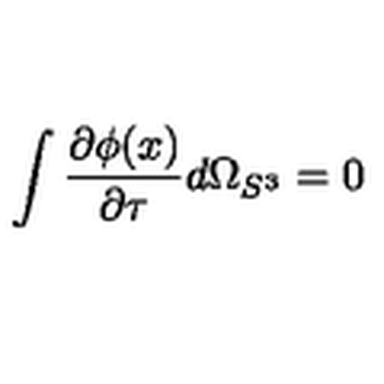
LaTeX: \int \frac { \partial \phi ( x ) } { \partial \tau } d \Omega _ { S ^ { 3 } } = 0